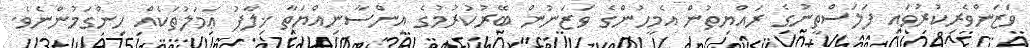
ވަޒަންވެރިކުރުވައި ފަލަސްތީނުގެ ރައްޔިތުން އެމީހުންގެ ވަޒަނުން ބޭރުކުރުމުގެ އިންސާނިއްޔަތާ ޚިލާފު ޢަމަލުތަކެއް ހިންގަމުންނެވެ.